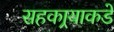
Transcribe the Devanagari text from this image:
सहकार्‍याकडे